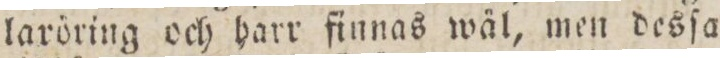
laröring och harr finnas wäl, men desſa